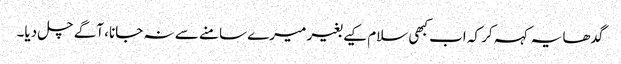
گدھا یہ کہہ کر کہ اب کبھی سلام کیے بغیر میرے سامنے سے نہ جانا، آگے چل دیا۔